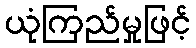
ယုံကြည်မှုဖြင့်